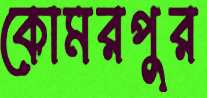
কোমরপুর